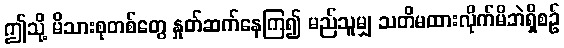
ဤသို့ မိသားစုတစ်တွေ နှုတ်ဆက်နေကြ၍ မည်သူမျှ သတိမထားလိုက်မိဘဲရှိစဉ်